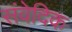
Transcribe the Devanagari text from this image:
संवेदिक